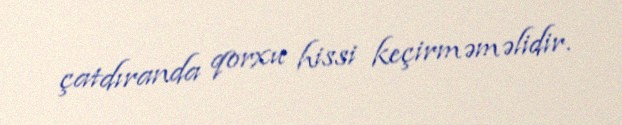
çatdıranda qorxu hissi keçirməməlidir.